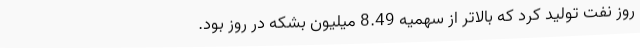
روز نفت تولید کرد که بالاتر از سهمیه 8.49 میلیون بشکه در روز بود.